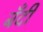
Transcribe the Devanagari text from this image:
बँदी